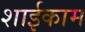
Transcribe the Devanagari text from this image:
शाईकाम